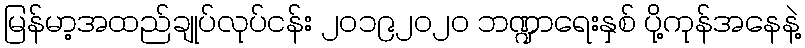
မြန်မာ့အထည်ချုပ်လုပ်ငန်း ၂၀၁၉၂၀၂၀ ဘဏ္ဍာရေးနှစ် ပို့ကုန်အနေနဲ့